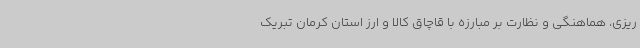
ریزی، هماهنگی و نظارت بر مبارزه با قاچاق کالا و ارز استان کرمان تبریک